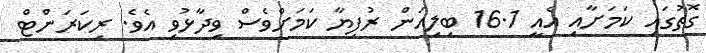
ގޮތުގައި ކަމަށާއި އެއީ 16.1 ބިލިއަން ރުފިޔާ ކަމަށްވެސް ވިދާޅުވި އެވެ. ރިކަރަންޓް